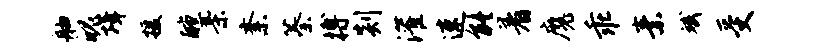
舳魄揖援醺亲紊蓁搏剡灌速能着魔乖素斌受